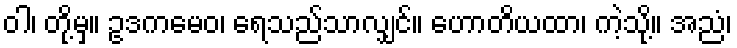
ဝါ၊ တို့မှ။ ဥဒကမေဝ၊ ရေသည်သာလျှင်။ ဟောတိယထာ၊ ကဲ့သို့။ အညံ၊